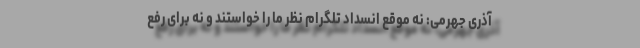
آذری جهرمی: نه موقع انسداد تلگرام نظر ما را خواستند و نه برای رفع